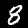
Label: 8